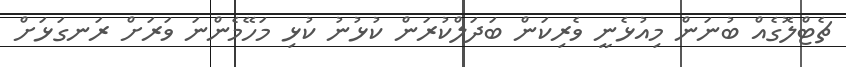
ޗެޓްލޮގެއް ބުނަން މިއުޅެނީ ވެރިކަން ބަދަލްކުރަން ކުޅުނު ކުޅި މަހޭމެންނަ ވަރަށް ރަނގަޅަށް